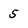
Character: 5